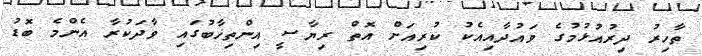
ތާހިރު ދިރުއުޅުމުގެ ވައުދާއިއެކު ކުރިއަށް އޮތް ރިޔާސީ އިންތިޚާބުގައި ވާދަކުރާ އެންމެ ބޮޑު